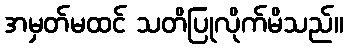
အမှတ်မထင် သတိပြုလိုက်မိသည်။